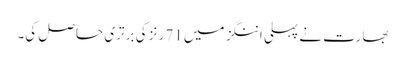
بھارت نے پہلی اننگز میں 71 رنز کی برتری حاصل کی۔